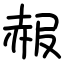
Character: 赧